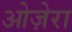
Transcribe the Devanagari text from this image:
ओज़ेरा